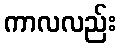
ကာလလည်း